system: You are a helpful assistant.
user:
Analyze the provided spectrum to determine if it is a **S-type Star**.

- **Key Indicators for S-type Star:**

    - **(Overall Spectrum Shape):** The first and most obvious characteristic is the overall continuum (the "baseline" shape). It is **extremely "red-sloping,"** meaning the flux (light intensity) is very low on the left side (blue, ~4000-4500 Å) and rises steeply and continuously toward the right side (red, ~7000 Å+).

    - **(Primary):** The spectrum is defined by the presence of strong, broad molecular absorption "valleys" (bands) from **Zirconium Oxide (ZrO)**. The identification of these bands is the **primary requirement** for classifying a star as S-type.
        - **(Key Bandheads):** You must find distinct, deep "dips" where the light has been absorbed. The most critical band systems to locate are:
            - **~6474 Å** ($\gamma$-system): This is often the strongest and clearest ZrO feature, found in the red part of the spectrum.
            - **~5718 Å** & **~5551 Å** ($\beta$-system): A pair of prominent absorption features in the yellow-orange part of the spectrum.
            - **~4640 Å** ($\alpha$-system): A key absorption band system in the blue-green region of the spectrum.

    - **(Secondary Confirmation):** The classification is strengthened by finding additional absorption bands from other related heavy element oxides, which are expected to be present alongside ZrO.
        - **(Key Bandheads):**
            - **Yttrium Oxide (YO):** Look for absorption dips near **~4800 Å** and **~6100 Å**.
            - **Lanthanum Oxide (LaO):** Additional absorption features, particularly in the red-orange part of the spectrum, are also characteristic.

    - **(Line Profile):** The combination of the steep red continuum and these numerous, deep molecular bands (ZrO, YO, etc.) gives the entire spectrum a very **"chopped-up"** or **"bumpy"** appearance. Instead of a smooth curve, the spectrum looks as though large, wide chunks of light have been "carved out" of it at the specific wavelengths listed above.

Think first, call **spectral_visualization_tool** if needed to examine features in detail, then provide your final answer. Your response must adhere to the following strict rules:
1.  **Overall Structure:** Your response must follow the format `<think>...</think> <tool_call>...</tool_call> (if a tool is used) <answer>...</answer>`.
2.  **Tool Usage Constraint:** You may only make **one** tool call per turn.
3.  **Final Answer Format:** In the `<answer>` tag, your conclusion must be inside a `\boxed{}` command (e.g., `\boxed{YES}` or `\boxed{NO}`), followed by your justification.

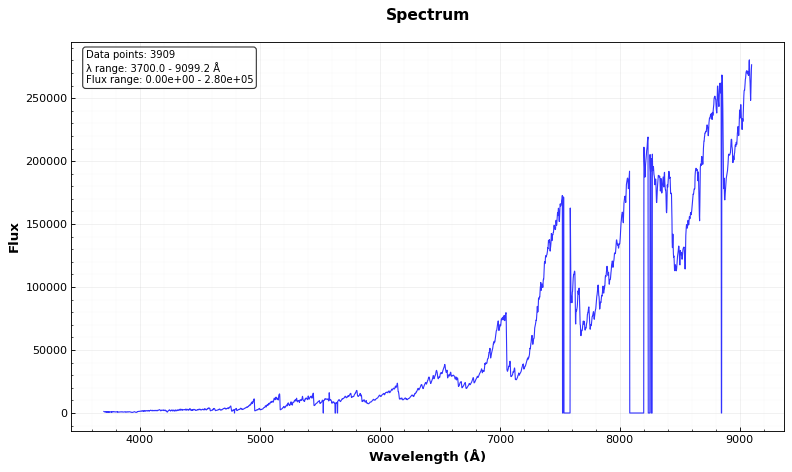
Answer: YES